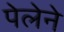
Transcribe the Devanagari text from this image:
पेलेने